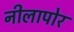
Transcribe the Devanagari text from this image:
नीलापोर